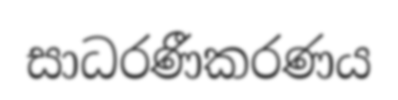
සාධරණීකරණය